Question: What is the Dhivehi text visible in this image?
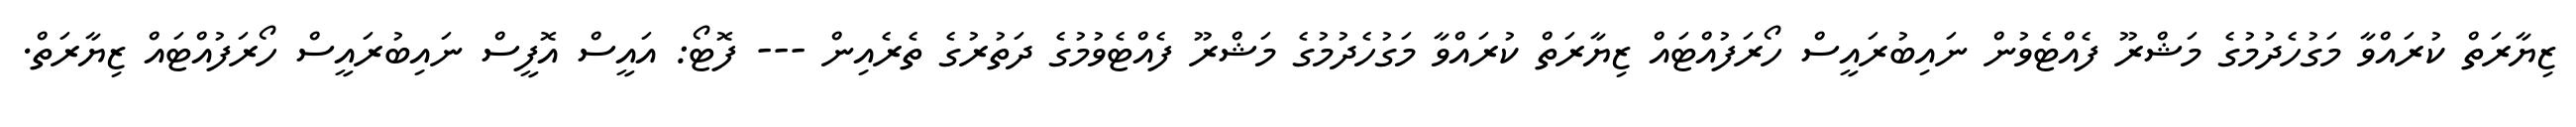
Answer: ޒިޔާރަތް ކުރައްވާ މަގުހެދުމުގެ މަޝްރޫ ފެއްޓެވުން ނައިބުރައީސް ހޯރަފުއްޓައް ޒިޔާރަތް ކުރައްވާ މަގުހެދުމުގެ މަޝްރޫ ފެއްޓެވުމުގެ ދަތުރުގެ ތެރެއިން --- ފޮޓޯ: އައީސް އޮފީސް ނައިބުރައީސް ހޯރަފުއްޓައް ޒިޔާރަތް.